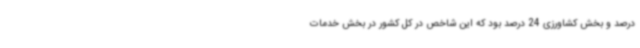
درصد و بخش کشاورزی 24 درصد بود که این شاخص در کل کشور در بخش خدمات